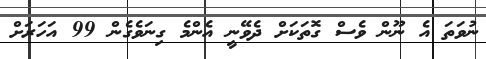
ނުވަތަ އެ ނޫން ވެސް ގޮތަކަށް ދެވޭނީ އެންމެ ގިނަވެގެން 99 އަހަރަށް